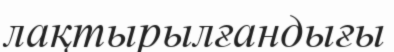
лақтырылғандығы